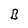
Character: B